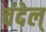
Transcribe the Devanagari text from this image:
चंदेल्